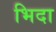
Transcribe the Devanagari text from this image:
भिदा